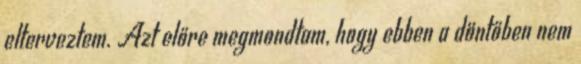
elterveztem. Azt előre megmondtam, hogy ebben a döntőben nem